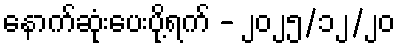
နောက်ဆုံးပေးပို့ရက် - ၂၀၂၅/၁၂/၂၀